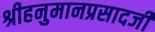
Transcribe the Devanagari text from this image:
श्रीहनुमानप्रसादजी